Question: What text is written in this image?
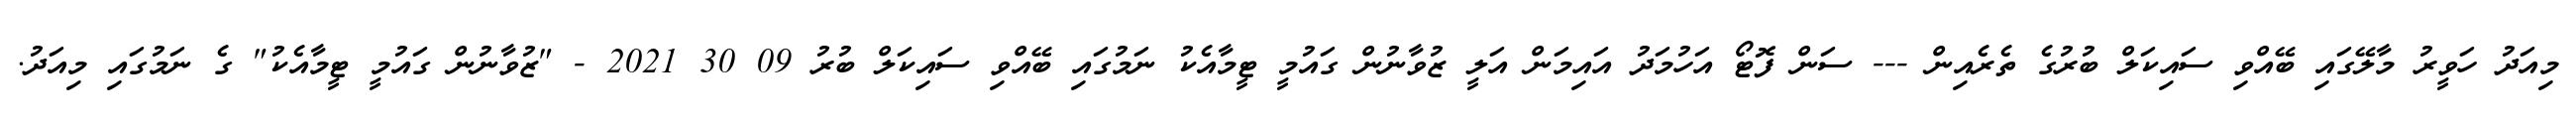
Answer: މިއަދު ހަވީރު މާލޭގައި ބޭއްވި ސައިކަލް ބުރުގެ ތެރެއިން --- ސަން ފޮޓޯ އަހުމަދު އައިމަން އަލީ ޒުވާނުން ގައުމީ ޓީމާއެކު ނަމުގައި ބޭއްވި ސައިކަލް ބުރު 09 30 2021 - "ޒުވާނުން ގައުމީ ޓީމާއެކު" ގެ ނަމުގައި މިއަދު.